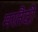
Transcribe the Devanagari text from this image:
मरतैदी